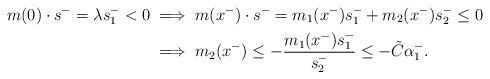
LaTeX: \begin{align*} m(0) \cdot s^-=\lambda s_1^-<0 & \implies m(x^-)\cdot s^-=m_1(x^-) s_1^- +m_2(x^-)s_2^- \leq 0 \\ & \implies m_2(x^-)\leq -\frac{m_1(x^-) s^-_1}{s^-_2} \leq -\tilde{C} \alpha_1^-.\end{align*}